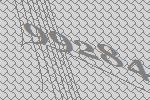
99284